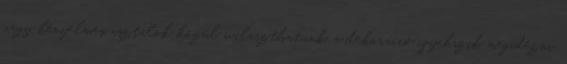
vagy kényelmes asztalok közül választhatunk, a dekoráció igyekszik megidézni